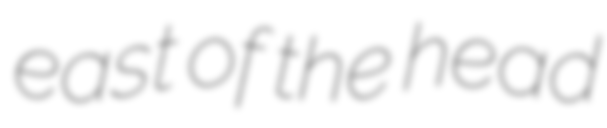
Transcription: east of the head